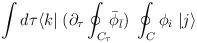
LaTeX: \begin{align*}\int d \tau \langle k | \; ( \partial_{\tau} \oint_{C_{\tau}} \!\! {\bar \phi}_{\bar l}) \; \oint_C \phi_i \; |j \rangle\end{align*}